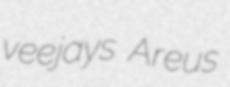
veejays Areus